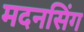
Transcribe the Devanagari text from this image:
मदनसिंग